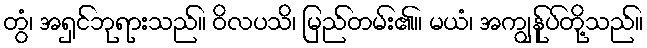
တွံ၊ အရှင်ဘုရားသည်။ ဝိလပသိ၊ မြည်တမ်း၏။ မယံ၊ အကျွန်ုပ်တို့သည်။